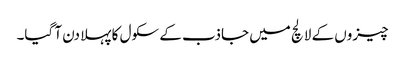
چیزوں کے لالچ میں جاذب کے سکول کا پہلا دن آ گیا۔